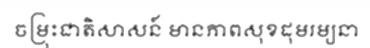
ចម្រុះជាតិសាសន៍ មានភាពសុខដុមរម្យនា